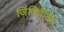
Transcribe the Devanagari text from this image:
जिंजिवैलिस